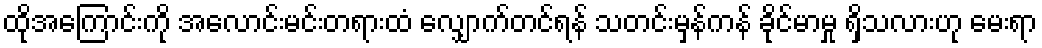
ထိုအကြောင်းကို အလောင်းမင်းတရားထံ လျှောက်တင်ရန် သတင်းမှန်ကန် ခိုင်မာမှု ရှိသလားဟု မေးရာ